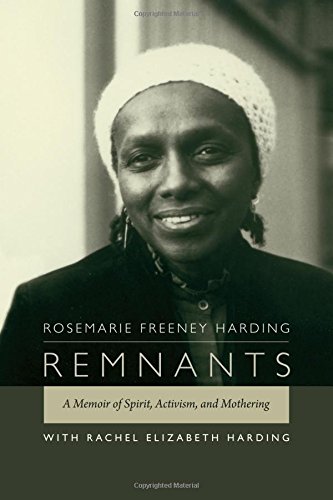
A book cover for Remnants: A Memoir of Spirit, Activism, and Mothering; Rosemarie Freeney Harding; Biographies & Memoirs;